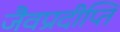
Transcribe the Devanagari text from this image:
जैवप्रदीप्ति